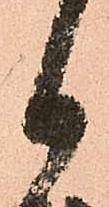
日